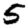
Digit: 5